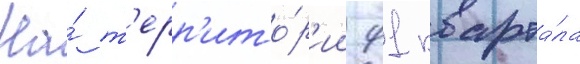
На́ т'ерр'ито́р'ии 91 кварта́ла